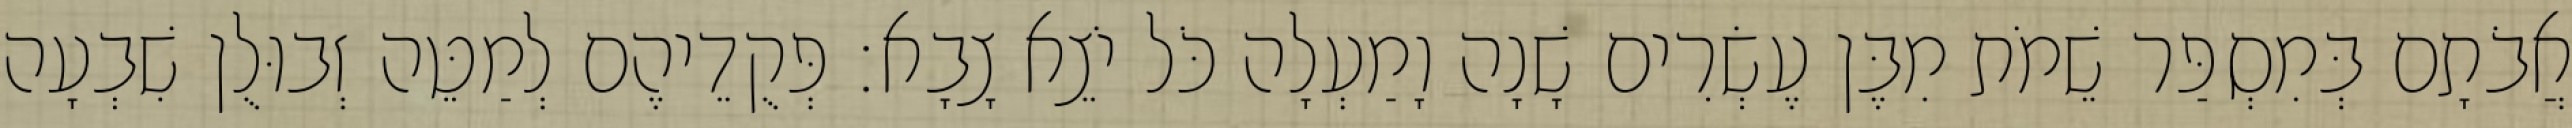
אֲבֹתָם בְּמִסְפַּר שֵׁמֹת מִבֶּן עֶשְׂרִים שָׁנָה וָמַעְלָה כֹּל יֹצֵא צָבָא׃ פְּקֻדֵיהֶם לְמַטֵּה זְבוּלֻן שִׁבְעָה